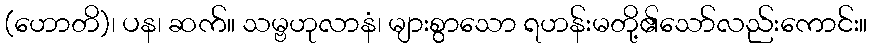
(ဟောတိ)၊ ပန၊ ဆက်။ သမ္ဗဟုလာနံ၊ များစွာသော ရဟန်းမတို့၏သော်လည်းကောင်း။